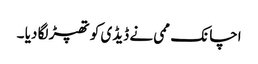
اچانک ممی نے ڈیڈی کو تھپڑ لگا دیا ۔